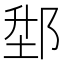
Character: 𨛘